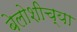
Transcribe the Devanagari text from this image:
बेलोशीच्या